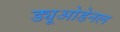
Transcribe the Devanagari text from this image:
ड्यूओडेनल